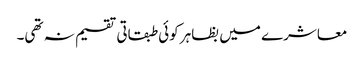
معاشرے میں بظاہر کوئی طبقاتی تقسیم نہ تھی۔